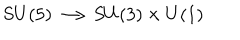
S U ( 5 ) \longrightarrow S U ( 3 ) \times U ( 1 )